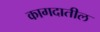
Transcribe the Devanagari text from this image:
कागदातील